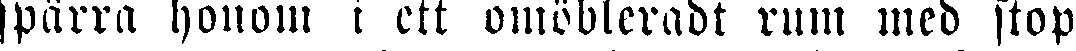
spärra honom i ett omöbleradt rum med stop